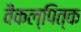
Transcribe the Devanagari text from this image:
वैकल्पित्क